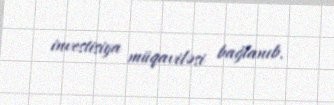
investisiya müqaviləsi bağlanıb.